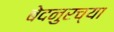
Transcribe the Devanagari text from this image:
बेदनुरच्या